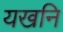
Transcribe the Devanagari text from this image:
यखनि